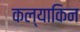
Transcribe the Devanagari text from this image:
कल्याकिन